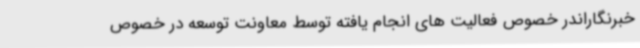
خبرنگاراندر خصوص فعالیت های انجام یافته توسط معاونت توسعه در خصوص